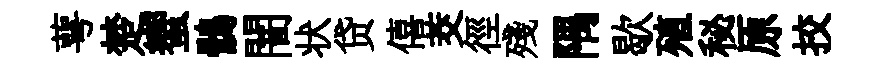
萼楚蠁鶻闇状贷僖茭徑殘隅歇殖秘原挍